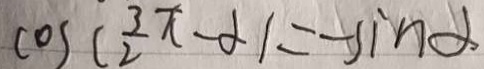
\cos ( \frac { 3 \pi } { 2 } - \alpha ) = - \sin \alpha